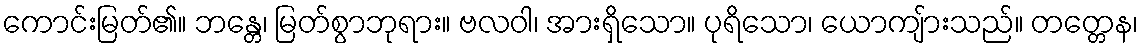
ကောင်းမြတ်၏။ ဘန္တေ၊ မြတ်စွာဘုရား။ ဗလဝါ၊ အားရှိသော။ ပုရိသော၊ ယောကျ်ားသည်။ တတ္တေန၊